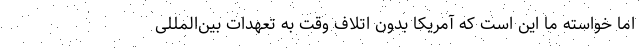
اما خواسته ما این است که آمریکا بدون اتلاف وقت به تعهدات بین‌المللی